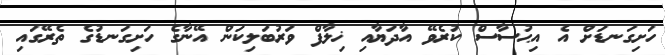
ހަށިގަނޑަށް އެ އިޙުސާސް ކުރެވޭ އާދަޔާއި ޚިލާފް ވަރުބަލިކަން އޭނާގެ ހަށިގަނޑުގެ ތެރޭގައި